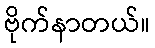
ဗိုက်နာတယ်။